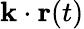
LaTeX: {\mathbf k}\cdot{\mathbf r}(t)